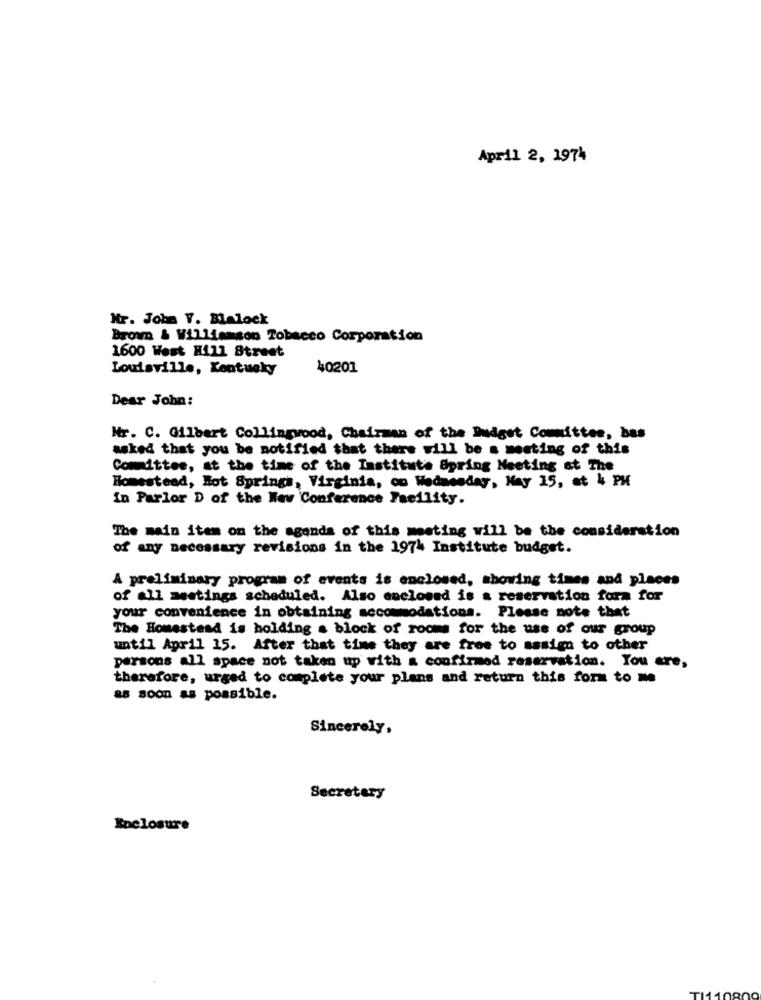
April 2, 1974
Mr. John V. Blalock
Brown & Williamson Tobacco Corporation
1600 West Hill Street
Louisville, Kentucky
40201
Dear John:
Nr. C. Gilbert Collingwood, Chairman of the Budget Committee, bas
asked that you be notified that there will be a meeting of this
Committee, at the time of the Institute Spring Meeting at The
Homestead, Hot Springs, Virginia, on Wednesday, May 15, at & PM
In Parlor D of the Way Conference Facility.
The main item on the agenda of this meeting will be the consideration
of any necessary revisions in the 1974 Institute budget.
A preliminary program of events is enclosed, showing times and places
of .11 meetings scheduled. Also enclosed is & reservation form for
your convenience in obtaining accommodations. Please note that
The Homestead is holding a block of rooms for the use of our group
until April 15. After that time they are free to sssign to other
persons all space not taken up with a confirmed reservation. You are,
therefore, urged to complete your plans and return this form to me
as soon as possible.
Sincerely,
Secretary
Enclosure